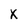
Character: x